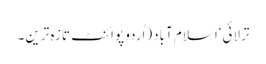
ترلائی‘اسلام آباد(اُردو پوائنٹ تازہ ترین۔